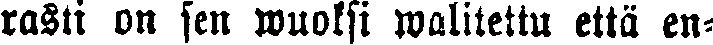
rasti on sen wuoksi walitettu että en-